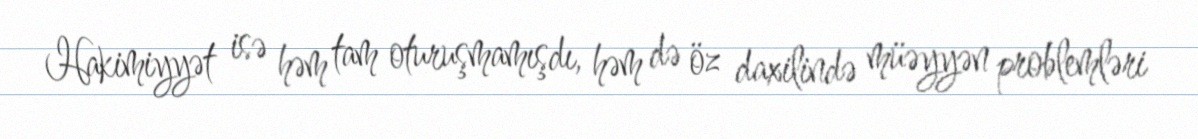
Hakimiyyət isə həm tam oturuşmamışdı, həm də öz daxilində müəyyən problemləri